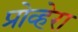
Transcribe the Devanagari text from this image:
प्रोव्हेरा